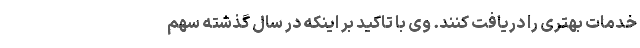
خدمات بهتری را دریافت کنند. وی با تاکید بر اینکه در سال گذشته سهم